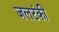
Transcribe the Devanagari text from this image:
जलटंकी